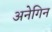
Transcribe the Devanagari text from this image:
अनेगिन